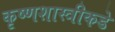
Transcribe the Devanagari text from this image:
कृष्णशास्त्रीकडे